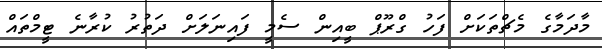
މާދަމާގެ މެޗްތަކަށް ފަހު ގްރޫޕް ބީއިން ސެމީ ފައިނަލަށް ދަތުރު ކުރާނެ ޓީމްތައް